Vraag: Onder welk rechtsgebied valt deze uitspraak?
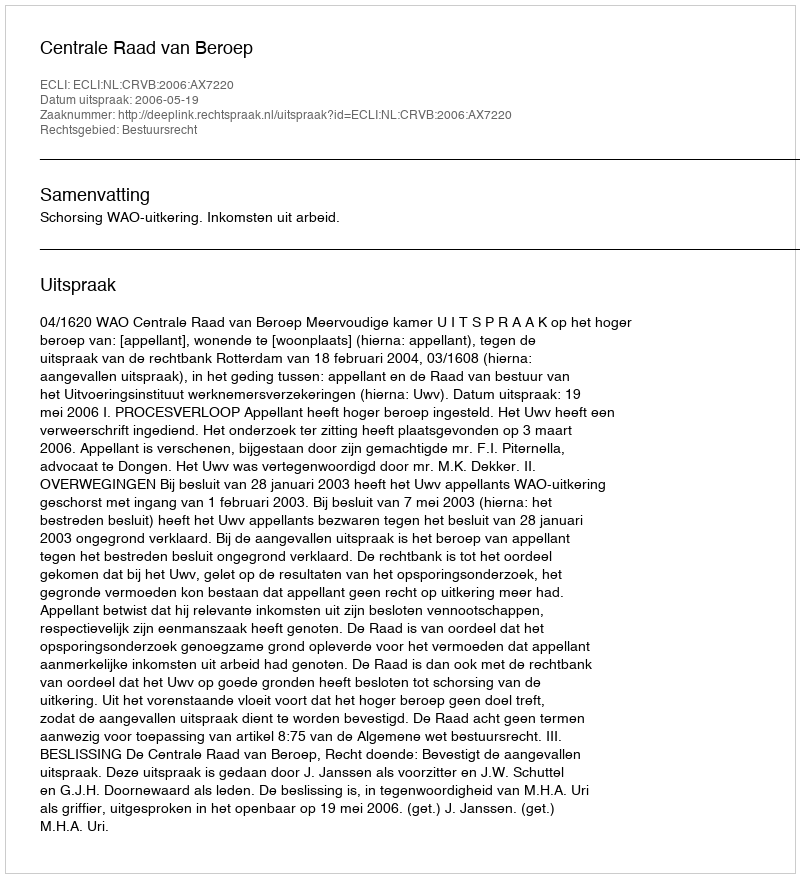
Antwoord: Bestuursrecht